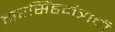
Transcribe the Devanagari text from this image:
नरसिंहमंत्राची